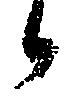
候